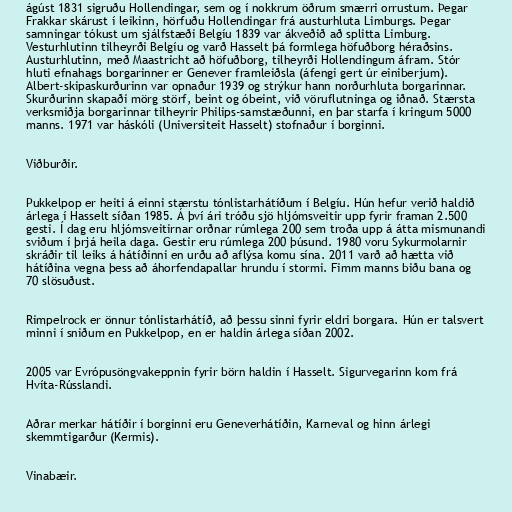
ágúst 1831 sigruðu Hollendingar, sem og í nokkrum öðrum smærri orrustum. Þegar
Frakkar skárust í leikinn, hörfuðu Hollendingar frá austurhluta Limburgs. Þegar
samningar tókust um sjálfstæði Belgíu 1839 var ákveðið að splitta Limburg.
Vesturhlutinn tilheyrði Belgíu og varð Hasselt þá formlega höfuðborg héraðsins.
Austurhlutinn, með Maastricht að höfuðborg, tilheyrði Hollendingum áfram. Stór
hluti efnahags borgarinner er Genever framleiðsla (áfengi gert úr einiberjum).
Albert-skipaskurðurinn var opnaður 1939 og strýkur hann norðurhluta borgarinnar.
Skurðurinn skapaði mörg störf, beint og óbeint, við vöruflutninga og iðnað. Stærsta
verksmiðja borgarinnar tilheyrir Philips-samstæðunni, en þar starfa í kringum 5000
manns. 1971 var háskóli (Universiteit Hasselt) stofnaður í borginni.

Viðburðir.

Pukkelpop er heiti á einni stærstu tónlistarhátíðum í Belgíu. Hún hefur verið haldið
árlega í Hasselt síðan 1985. Á því ári tróðu sjö hljómsveitir upp fyrir framan 2.500
gesti. Í dag eru hljómsveitirnar orðnar rúmlega 200 sem troða upp á átta mismunandi
sviðum í þrjá heila daga. Gestir eru rúmlega 200 þúsund. 1980 voru Sykurmolarnir
skráðir til leiks á hátíðinni en urðu að aflýsa komu sína. 2011 varð að hætta við
hátíðina vegna þess að áhorfendapallar hrundu í stormi. Fimm manns biðu bana og
70 slösuðust.

Rimpelrock er önnur tónlistarhátíð, að þessu sinni fyrir eldri borgara. Hún er talsvert
minni í sniðum en Pukkelpop, en er haldin árlega síðan 2002.

2005 var Evrópusöngvakeppnin fyrir börn haldin í Hasselt. Sigurvegarinn kom frá
Hvíta-Rússlandi.

Aðrar merkar hátíðir í borginni eru Geneverhátíðin, Karneval og hinn árlegi
skemmtigarður (Kermis).

Vinabæir.